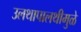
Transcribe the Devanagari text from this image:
उलथापालथीमुळे